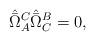
LaTeX: \begin{align*}\hat{\bar{\Omega}}_A^C\hat{\bar{\Omega}}_C^B=0,\end{align*}